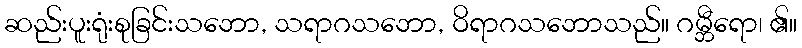
ဆည်းပူးရုံးစုခြင်းသဘော, သရာဂသဘော, ဝိရာဂသဘောသည်။ ဂမ္ဘီရော၊ ၏။